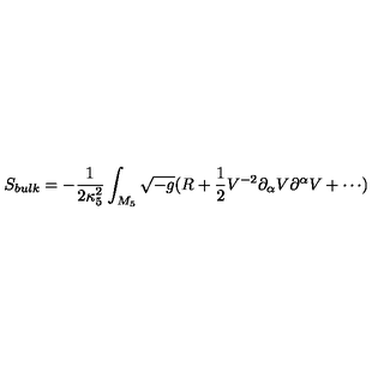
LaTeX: S _ { b u l k } = - \frac { 1 } { 2 \kappa _ { 5 } ^ { 2 } } \int _ { M _ { 5 } } { \sqrt { - g } ( R + \frac { 1 } { 2 } V ^ { - 2 } \partial _ { \alpha } V \partial ^ { \alpha } V + \cdots ) }